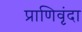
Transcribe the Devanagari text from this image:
प्राणिवृंदा